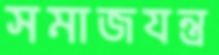
সমাজযন্ত্র